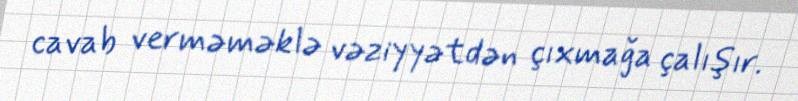
cavab verməməklə vəziyyətdən çıxmağa çalışır.